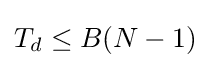
T_{d}\leq B(N-1)